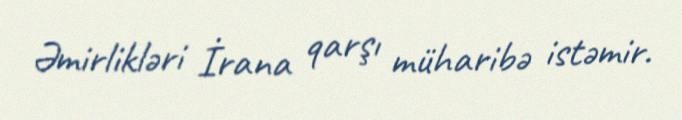
Əmirlikləri İrana qarşı müharibə istəmir.